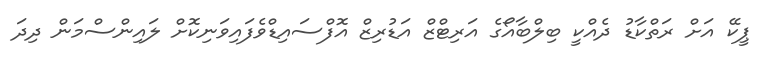
ޕީކޭ އަށް ރަތްކާޑު ދެއްކީ ބިލްބާއޯގެ އަރިޓްޒް އަޑުރިޒް އޮފްސައިޑްވެފައިވަނިކޮށް ލައިންސްމަން ދިދަ